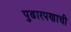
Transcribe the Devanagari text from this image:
पुढारपणाची